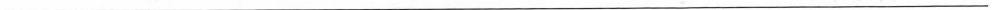
___